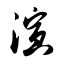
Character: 演